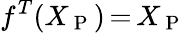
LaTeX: f^{T}(X_{\mathrm{~P~}})\mathop{=}X_{\mathrm{~P~}}